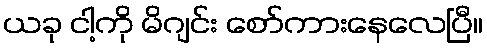
ယခု ငါ့ကို မိဂျင်း စော်ကားနေလေပြီ။